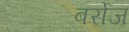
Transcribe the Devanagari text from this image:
बर्रोज